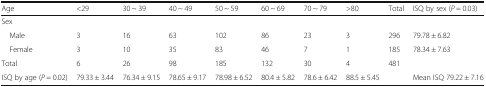
<table><thead><tr><td><b>Age</b></td><td><b>&lt;29</b></td><td><b>30 ~ 39</b></td><td><b>40 ~ 49</b></td><td><b>50 ~ 59</b></td><td><b>60 ~ 69</b></td><td><b>70 ~ 79</b></td><td><b>&gt;80</b></td><td><b>Total</b></td><td><b>ISQ by sex (<i>P</i> = 0.03)</b></td></tr></thead><tbody><tr><td>Sex</td><td></td><td></td><td></td><td></td><td></td><td></td><td></td><td></td><td></td></tr><tr><td> Male</td><td>3</td><td>16</td><td>63</td><td>102</td><td>86</td><td>23</td><td>3</td><td>296</td><td>79.78 ± 6.82</td></tr><tr><td> Female</td><td>3</td><td>10</td><td>35</td><td>83</td><td>46</td><td>7</td><td>1</td><td>185</td><td>78.34 ± 7.63</td></tr><tr><td>Total</td><td>6</td><td>26</td><td>98</td><td>185</td><td>132</td><td>30</td><td>4</td><td>481</td><td></td></tr><tr><td>ISQ by age (<i>P</i> = 0.02)</td><td>79.33 ± 3.44</td><td>76.34 ± 9.15</td><td>78.65 ± 9.17</td><td>78.98 ± 6.52</td><td>80.4 ± 5.82</td><td>78.6 ± 6.42</td><td>88.5 ± 5.45</td><td></td><td>Mean ISQ 79.22 ± 7.16</td></tr></tbody></table>